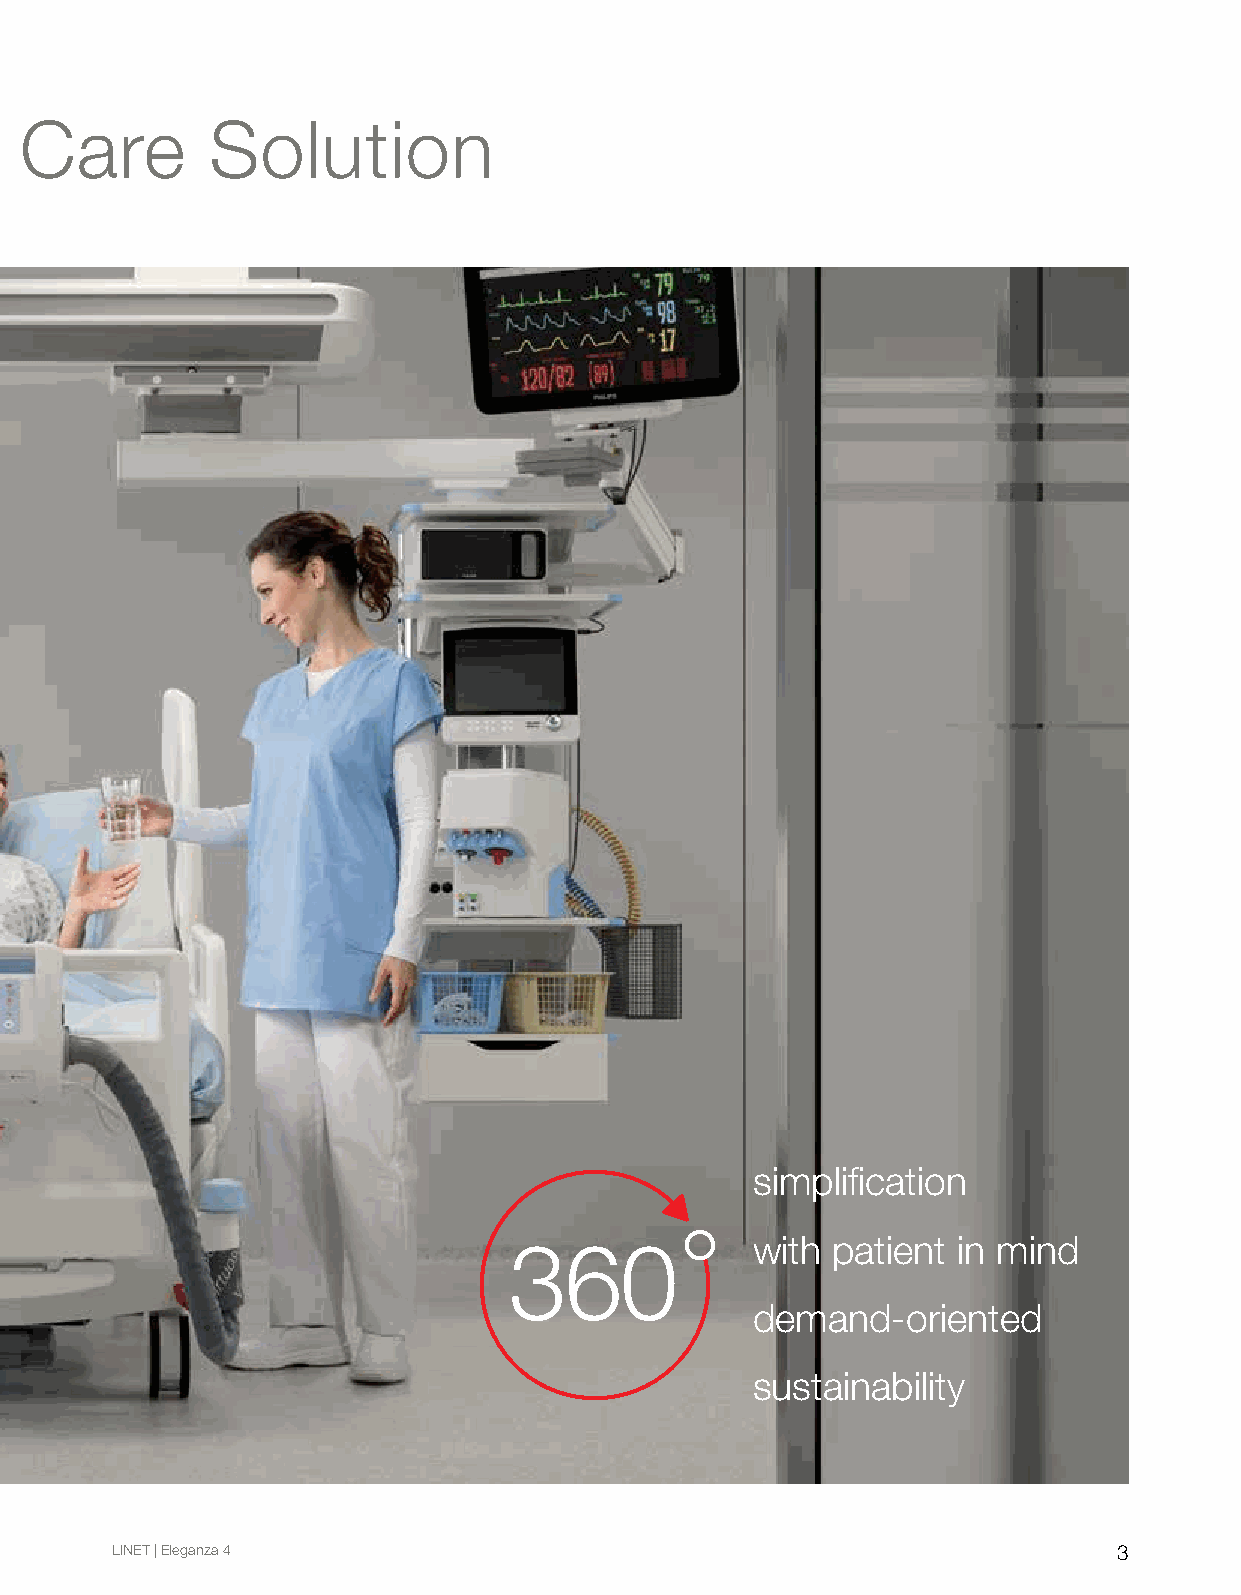
Eleganza 4: Customised Critical Care Solution
 simplification
 demand-oriented
 360
 with patient
 in mind
 sustainability
 simplification
 with patient
 360
 in mind
 demand-oriented
 sustainability
 simplification
 360             with patient in mind
 demand-oriented
 sustainability
 LINET | Eleganza 4                                                 3